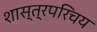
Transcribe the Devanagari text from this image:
शास्त्रपरिचय